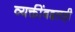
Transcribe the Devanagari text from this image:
व्यक्तींबद्दलही